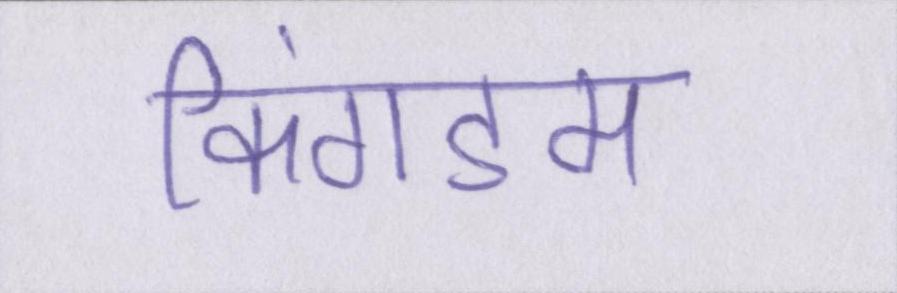
किंगडम